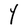
Character: Y